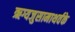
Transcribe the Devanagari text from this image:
ऋग्यजुसामाथर्वके